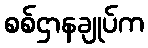
စစ်ဌာနချုပ်က